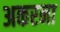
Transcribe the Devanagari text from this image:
अकरना